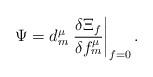
LaTeX: \begin{align*}\Psi=d^\mu_m\left.\frac{\delta\Xi_f}{\delta f^\mu_m}\right|_{f=0}.\end{align*}